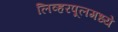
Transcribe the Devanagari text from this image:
लिव्हरपूलमध्ये